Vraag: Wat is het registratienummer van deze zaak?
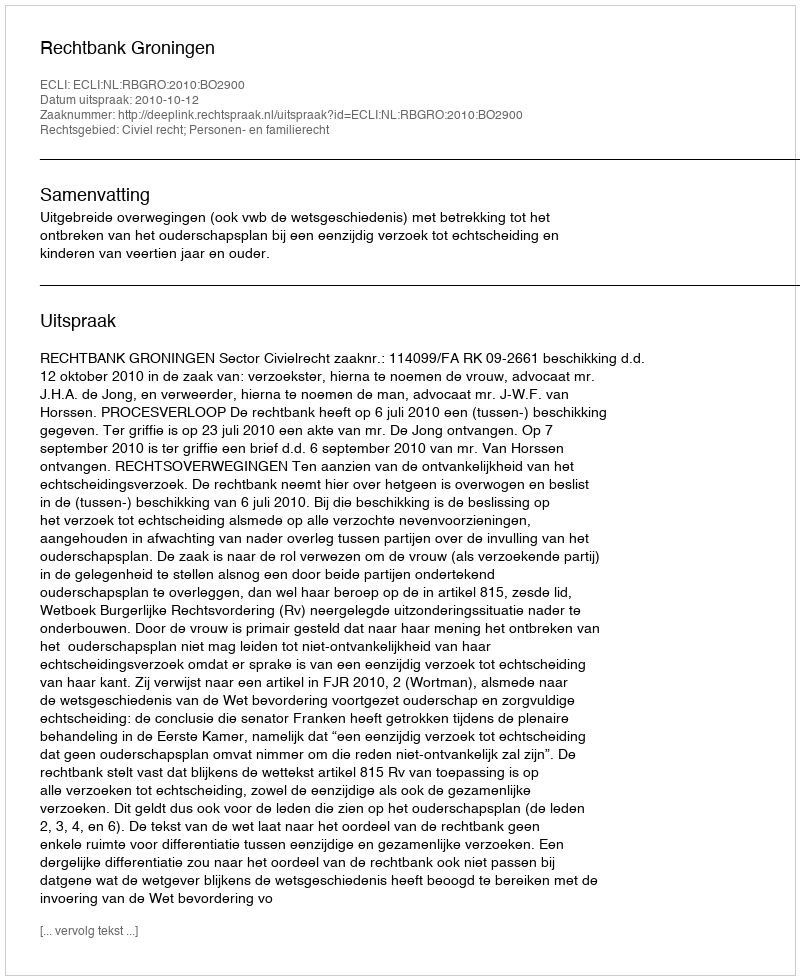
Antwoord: http://deeplink.rechtspraak.nl/uitspraak?id=ECLI:NL:RBGRO:2010:BO2900